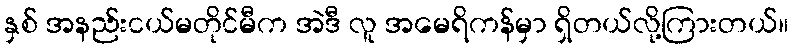
နှစ် အနည်းငယ်မတိုင်မီက အဲဒီ လူ အမေရိကန်မှာ ရှိတယ်လို့ကြားတယ်။